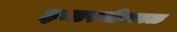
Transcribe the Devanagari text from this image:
इमारतीजवळ